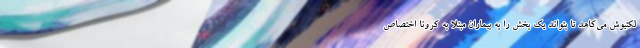
لکتیوش می‌کاهد تا بتواند یک بخش را به بیماران مبتلا به کرونا اختصاص